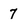
Character: 7